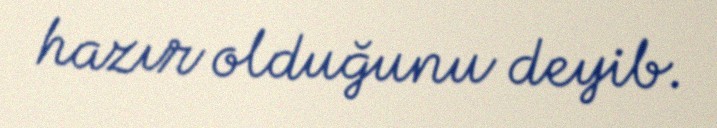
hazır olduğunu deyib.